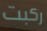
ركبت